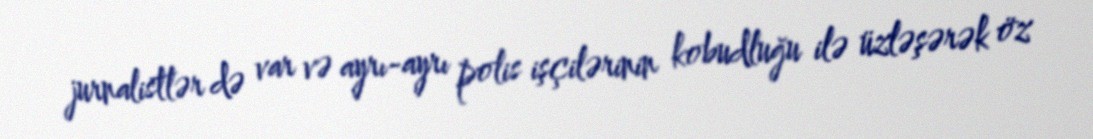
jurnalistlər də var və ayrı-ayrı polis işçilərinin kobudluğu ilə üzləşərək öz